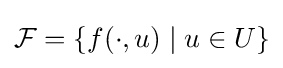
{\mathcal {F}}=\{f(\cdot ,u)\mid u\in U\}